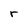
Character: r